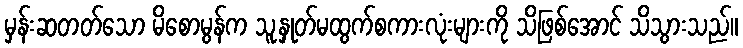
မှန်းဆတတ်သော မိစောမွန်က သူ့နှုတ်မထွက်စကားလုံးများကို သိဖြစ်အောင် သိသွားသည်။